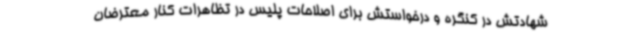
شهادتش در کنگره و درخواستش برای اصلاحات پلیس در تظاهرات کنار معترضان